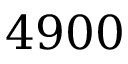
4 9 0 0